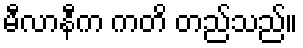
မီလာနီက ကတိ တည်သည်။